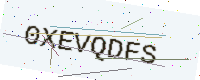
Text: 0XEVQDFS